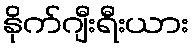
နိုက်ဂျီးရီးယား